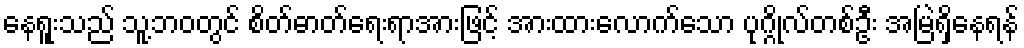
နေရူးသည် သူ့ဘဝတွင် စိတ်ဓာတ်ရေးရာအားဖြင့် အားထားလောက်သော ပုဂ္ဂိုလ်တစ်ဦး အမြဲရှိနေရန်